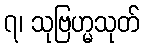
၇၊ သုဗြဟ္မသုတ်